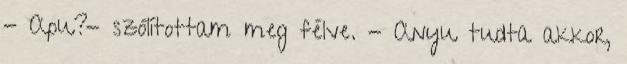
- Apu?- szólítottam meg félve. - Anyu tudta akkor,